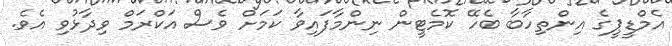
އެމްޑީޕީގެ އިންތިހާބާ ބެހޭ ކޮމެޓީން ނިންމާފައިވާ ކަމަށް ވެސް އަކްރަމް ވިދާޅުވި އެވެ.